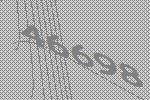
46698